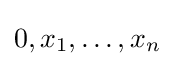
0,x_{1},\ldots ,x_{n}